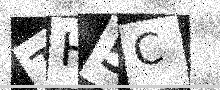
Text: TH5C